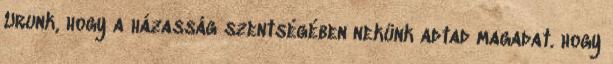
Urunk, hogy a házasság szentségében nekünk adtad magadat. hogy